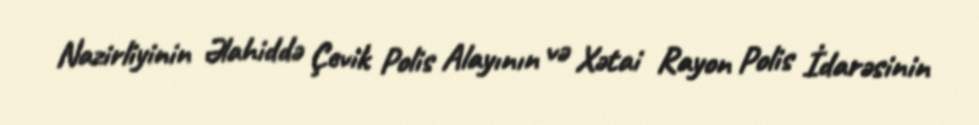
Nazirliyinin Əlahiddə Çevik Polis Alayının və Xətai Rayon Polis İdarəsinin